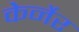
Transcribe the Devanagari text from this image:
केर्नेर